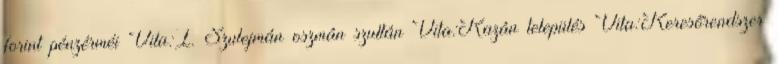
forint pénzérméi Vita:I. Szulejmán oszmán szultán Vita:Kazán település Vita:Keresőrendszer